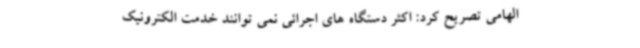
الهامی تصریح کرد: اکثر دستگاه های اجرائی نمی توانند خدمت الکترونیک